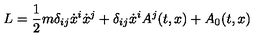
L = \frac { 1 } { 2 } m \delta _ { i j } \dot { x } ^ { i } \dot { x } ^ { j } + \delta _ { i j } \dot { x } ^ { i } A ^ { j } ( t , x ) + A _ { 0 } ( t , x )